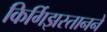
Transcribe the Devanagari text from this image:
किर्गिझस्तानने